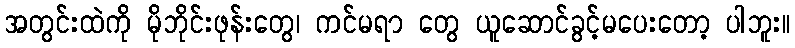
အတွင်းထဲကို မိုဘိုင်းဖုန်းတွေ၊ ကင်မရာ တွေ ယူဆောင်ခွင့်မပေးတော့ ပါဘူး။